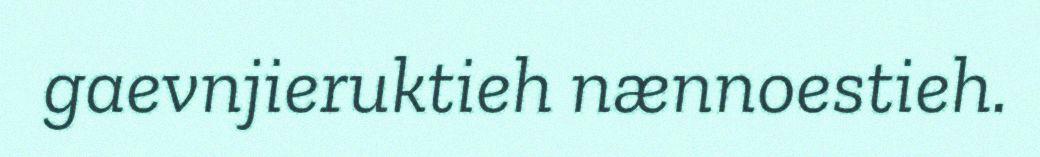
gaevnjieruktieh nænnoestieh.